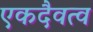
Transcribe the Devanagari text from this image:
एकदैवत्व